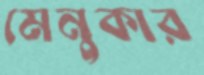
মেনুকার